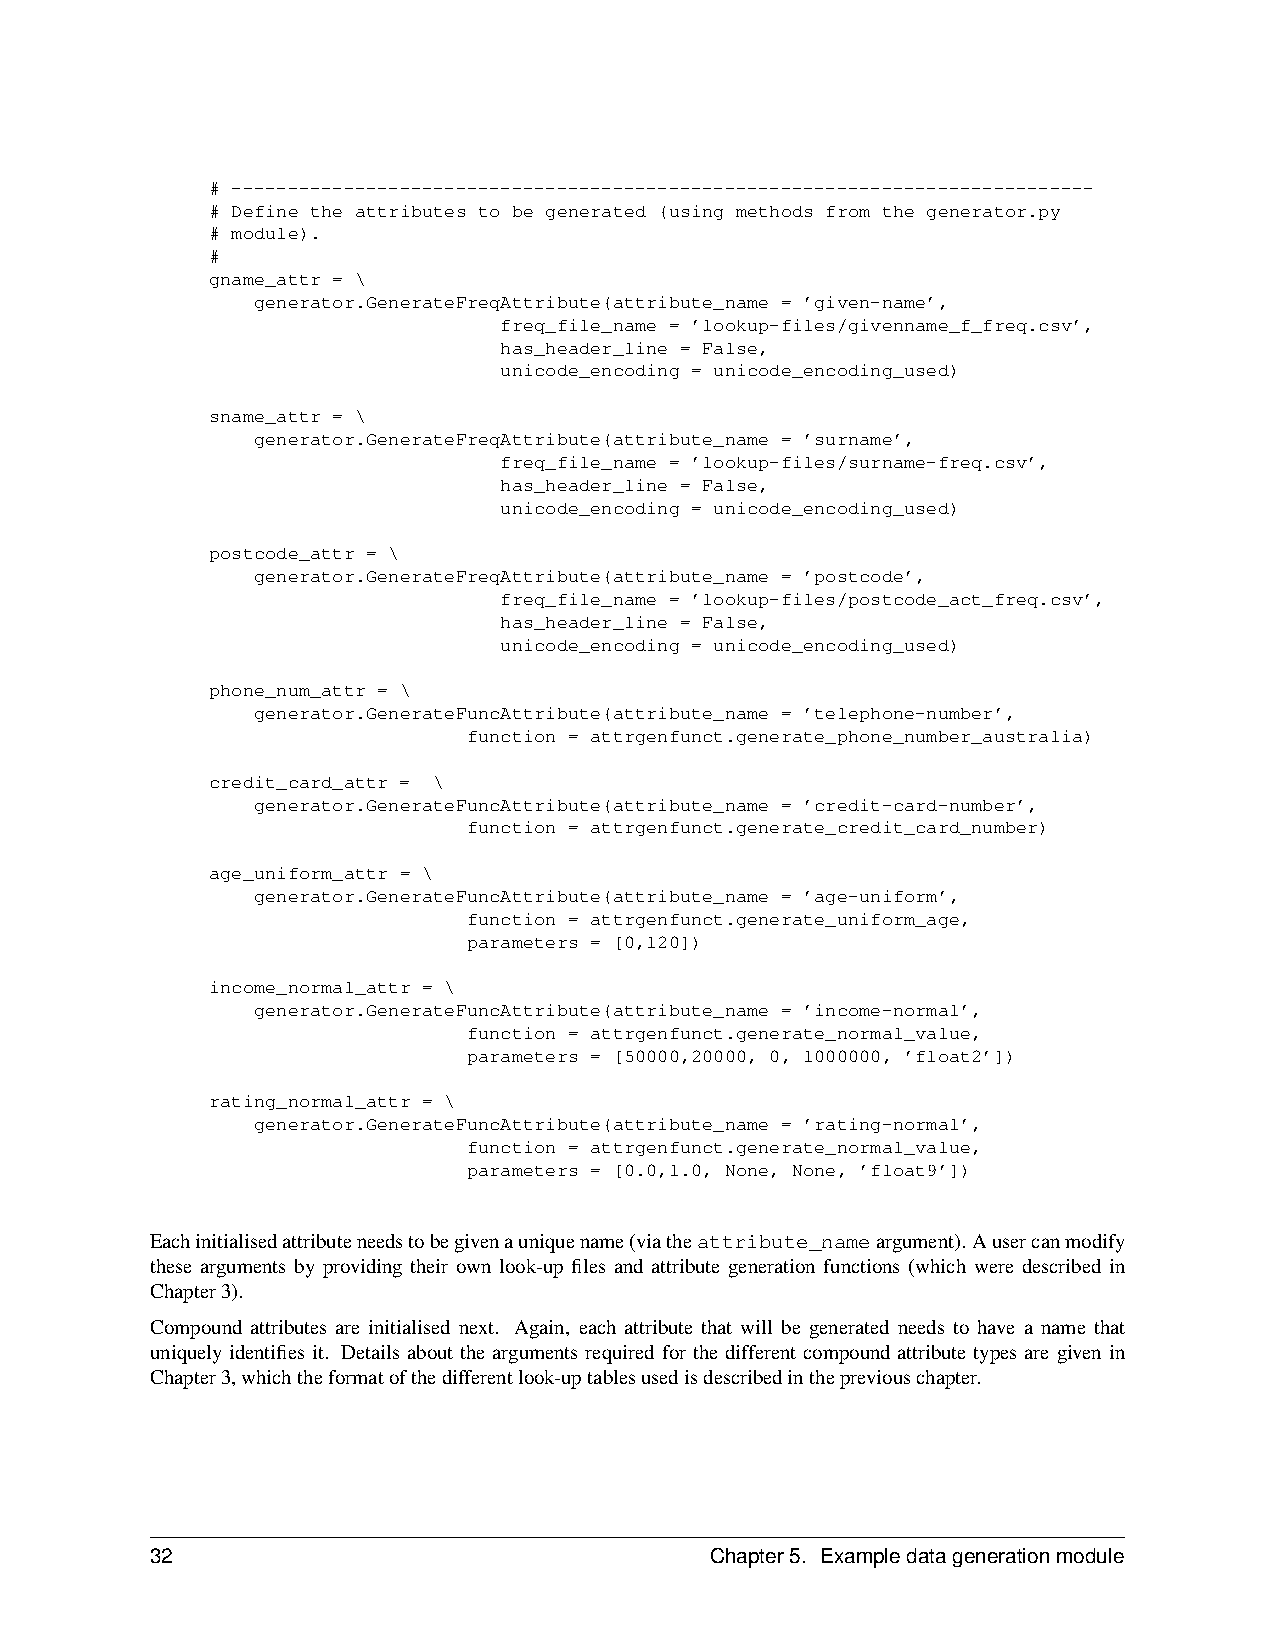
# -----------------------------------------------------------------------------
 # Define the attributes to be generated (using methods from the generator.py
 # module).
 #
 gname_attr = \
 generator.GenerateFreqAttribute(attribute_name = ’given-name’,
 freq_file_name = ’lookup-files/givenname_f_freq.csv’,
 has_header_line = False,
 unicode_encoding = unicode_encoding_used)
 sname_attr = \
 generator.GenerateFreqAttribute(attribute_name = ’surname’,
 freq_file_name = ’lookup-files/surname-freq.csv’,
 has_header_line = False,
 unicode_encoding = unicode_encoding_used)
 postcode_attr = \
 generator.GenerateFreqAttribute(attribute_name = ’postcode’,
 freq_file_name = ’lookup-files/postcode_act_freq.csv’,
 has_header_line = False,
 unicode_encoding = unicode_encoding_used)
 phone_num_attr = \
 generator.GenerateFuncAttribute(attribute_name = ’telephone-number’,
 function = attrgenfunct.generate_phone_number_australia)
 credit_card_attr = \
 generator.GenerateFuncAttribute(attribute_name = ’credit-card-number’,
 function = attrgenfunct.generate_credit_card_number)
 age_uniform_attr = \
 generator.GenerateFuncAttribute(attribute_name = ’age-uniform’,
 function = attrgenfunct.generate_uniform_age,
 parameters = [0,120])
 income_normal_attr = \
 generator.GenerateFuncAttribute(attribute_name = ’income-normal’,
 function = attrgenfunct.generate_normal_value,
 parameters = [50000,20000, 0, 1000000, ’float2’])
 rating_normal_attr = \
 generator.GenerateFuncAttribute(attribute_name = ’rating-normal’,
 function = attrgenfunct.generate_normal_value,
 parameters = [0.0,1.0, None, None, ’float9’])
 Eachinitialisedattributeneedstobegivenauniquename(viatheattribute_nameargument). Ausercanmodify
 these arguments by providing their own look-up files and attribute generation functions (which were described in
 Chapter3).
 Compound attributes are initialised next. Again, each attribute that will be generated needs to have a name that
 uniquely identifies it. Details about the arguments required for the different compound attribute types are given in
 Chapter3,whichtheformatofthedifferentlook-uptablesusedisdescribedinthepreviouschapter.
 32                                   Chapter5. Exampledatagenerationmodule